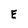
Character: E